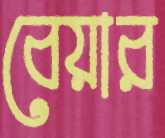
বেয়ার